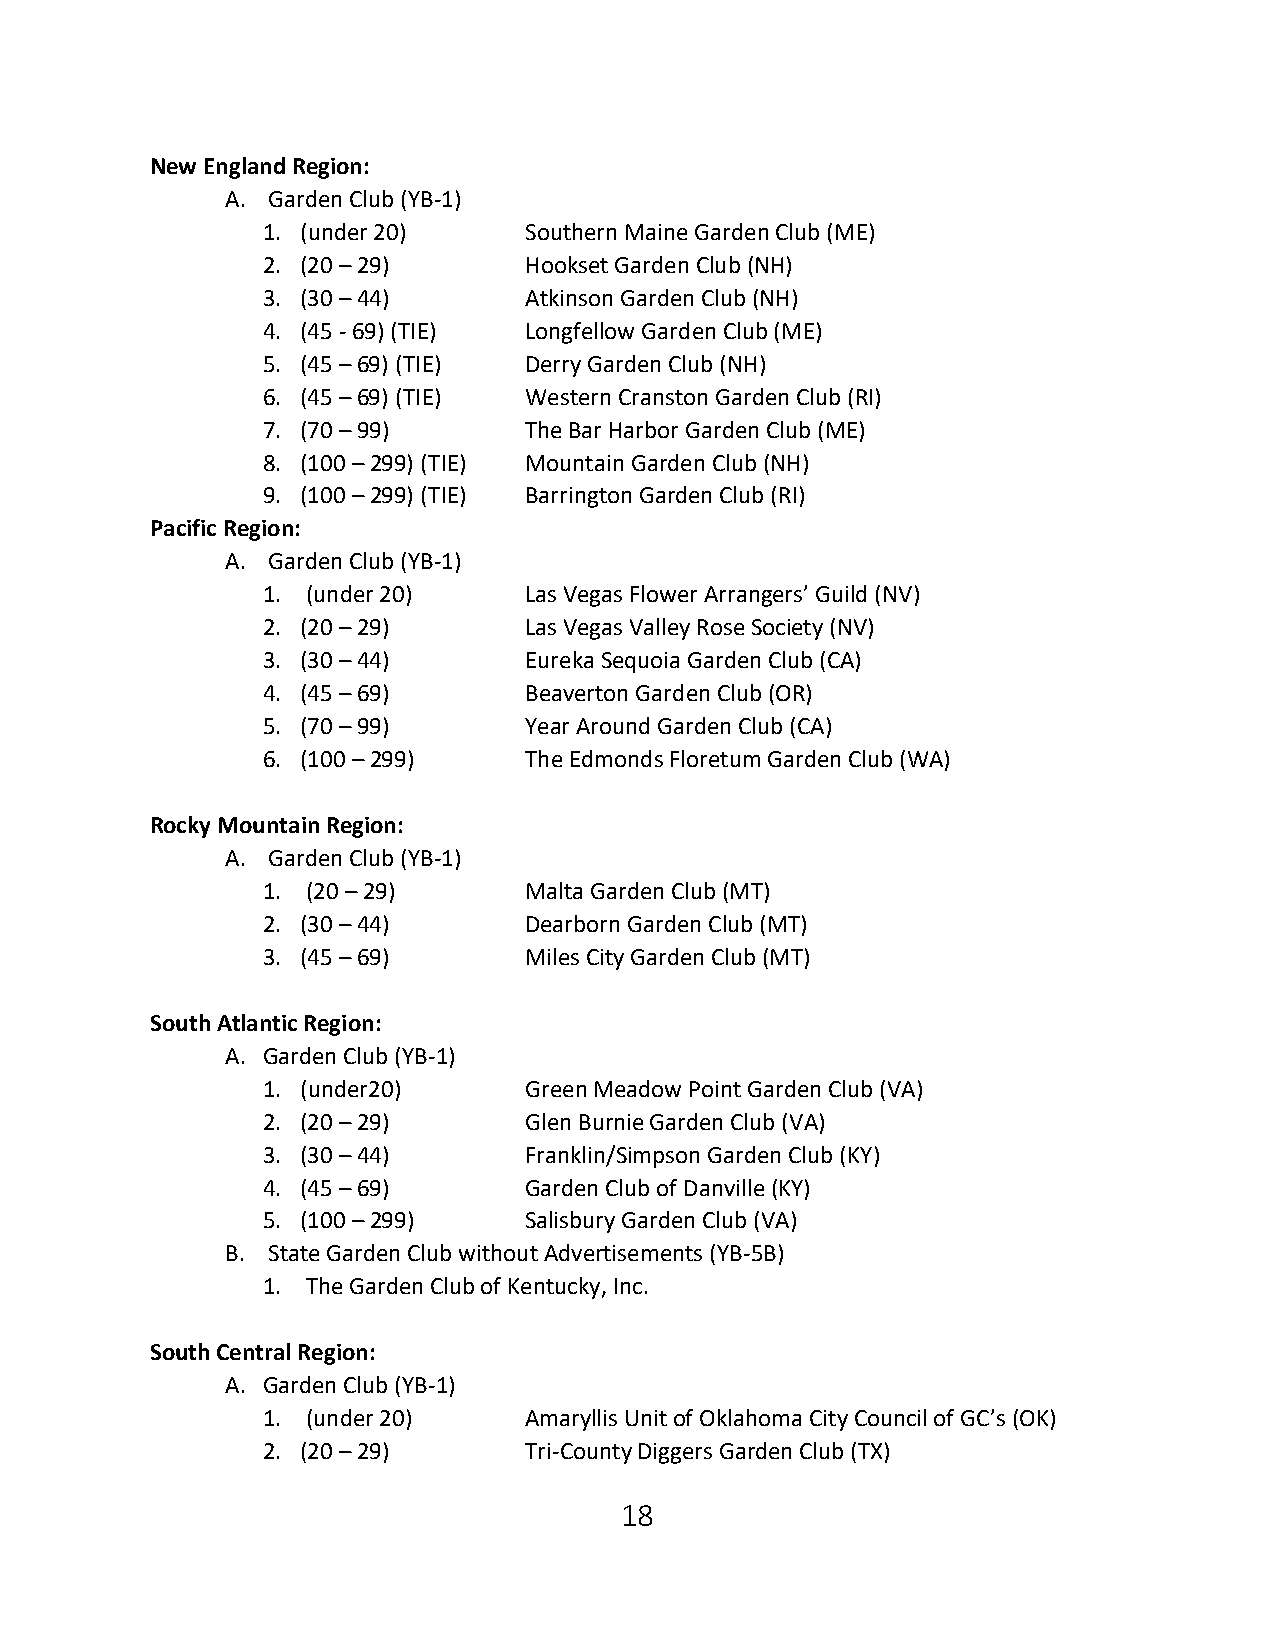
New England Region:
 A. Garden Club (YB-1)
 1. (under 20)     Southern Maine Garden Club (ME)
 2. (20 – 29)      Hookset Garden Club (NH)
 3. (30 – 44)      Atkinson Garden Club (NH)
 4. (45 - 69) (TIE) Longfellow Garden Club (ME)
 5. (45 – 69) (TIE) Derry Garden Club (NH)
 6. (45 – 69) (TIE) Western Cranston Garden Club (RI)
 7. (70 – 99)      The Bar Harbor Garden Club (ME)
 8. (100 – 299) (TIE) Mountain Garden Club (NH)
 9. (100 – 299) (TIE) Barrington Garden Club (RI)
 Pacific Region:
 A. Garden Club (YB-1)
 1. (under 20)     Las Vegas Flower Arrangers’ Guild (NV)
 2. (20 – 29)      Las Vegas Valley Rose Society (NV)
 3. (30 – 44)      Eureka Sequoia Garden Club (CA)
 4. (45 – 69)      Beaverton Garden Club (OR)
 5. (70 – 99)      Year Around Garden Club (CA)
 6. (100 – 299)    The Edmonds Floretum Garden Club (WA)
 Rocky Mountain Region:
 A. Garden Club (YB-1)
 1. (20 – 29)      Malta Garden Club (MT)
 2. (30 – 44)      Dearborn Garden Club (MT)
 3. (45 – 69)      Miles City Garden Club (MT)
 South Atlantic Region:
 A. Garden Club (YB-1)
 1. (under20)      Green Meadow Point Garden Club (VA)
 2. (20 – 29)      Glen Burnie Garden Club (VA)
 3. (30 – 44)      Franklin/Simpson Garden Club (KY)
 4. (45 – 69)      Garden Club of Danville (KY)
 5. (100 – 299)    Salisbury Garden Club (VA)
 B. State Garden Club without Advertisements (YB-5B)
 1. The Garden Club of Kentucky, Inc.
 South Central Region:
 A. Garden Club (YB-1)
 1. (under 20)     Amaryllis Unit of Oklahoma City Council of GC’s (OK)
 2. (20 – 29)      Tri-County Diggers Garden Club (TX)
 18